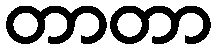
တာတာ